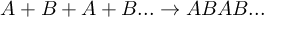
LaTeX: A + B + A + B . . . \rightarrow A B A B . . .